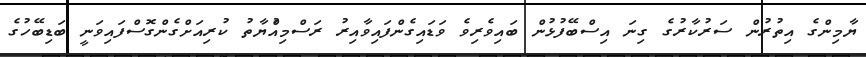
ޔާމިންގެ އިތުރުން ސަރުކާރުގެ ގިނަ އިސްބޭފުޅުން ބައިވެރިވެ ވަޑައިގެންފައިވާއިރު ރަސްމިއްުޔާތު ކުރިއަށްގެންގޮސްފައިވަނީ ބަޑިބޭހުގެ